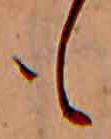
も